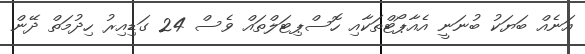
އަނެއް ބަޔަކު ބުނަނީ އެއާޕޯޓްތަކާއި ހޮސްޕިޓަލްތައް ވެސް 24 ގަޑިއިރު ހިދުމަތް ދޭން